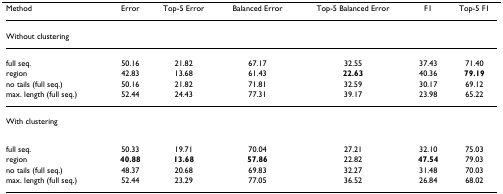
<table><thead><tr><td><b>Method</b></td><td><b>Error</b></td><td><b>Top-5 Error</b></td><td><b>Balanced Error</b></td><td><b>Top-5 Balanced Error</b></td><td><b>F1</b></td><td><b>Top-5 F1</b></td></tr></thead><tbody><tr><td>Without clustering</td><td></td><td></td><td></td><td></td><td></td><td></td></tr><tr><td>full seq.</td><td>50.16</td><td>21.82</td><td>67.17</td><td>32.55</td><td>37.43</td><td>71.40</td></tr><tr><td>region</td><td>42.83</td><td>13.68</td><td>61.43</td><td><b>22.63</b></td><td>40.36</td><td><b>79.19</b></td></tr><tr><td>no tails (full seq.)</td><td>50.16</td><td>21.82</td><td>71.81</td><td>32.59</td><td>30.17</td><td>69.12</td></tr><tr><td>max. length (full seq.)</td><td>52.44</td><td>24.43</td><td>77.31</td><td>39.17</td><td>23.98</td><td>65.22</td></tr><tr><td>With clustering</td><td></td><td></td><td></td><td></td><td></td><td></td></tr><tr><td>full seq.</td><td>50.33</td><td>19.71</td><td>70.04</td><td>27.21</td><td>32.10</td><td>75.03</td></tr><tr><td>region</td><td><b>40.88</b></td><td><b>13.68</b></td><td><b>57.86</b></td><td>22.82</td><td><b>47.54</b></td><td>79.03</td></tr><tr><td>no tails (full seq.)</td><td>48.37</td><td>20.68</td><td>69.83</td><td>32.27</td><td>31.48</td><td>70.03</td></tr><tr><td>max. length (full seq.)</td><td>52.44</td><td>23.29</td><td>77.05</td><td>36.52</td><td>26.84</td><td>68.02</td></tr></tbody></table>